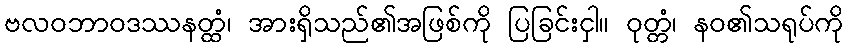
ဗလဝဘာဝဒဿနတ္ထံ၊ အားရှိသည်၏အဖြစ်ကို ပြခြင်းငှါ။ ဝုတ္တံ၊ နဝ၏သရုပ်ကို